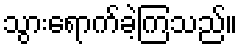
သွားရောက်ခဲ့ကြသည်။